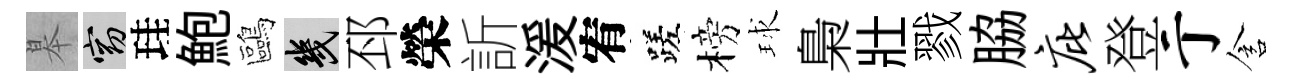
皋窈珪鮑鷗幾邳榮訢湲宥蹉榜球梟壯戮脇庇登亍含